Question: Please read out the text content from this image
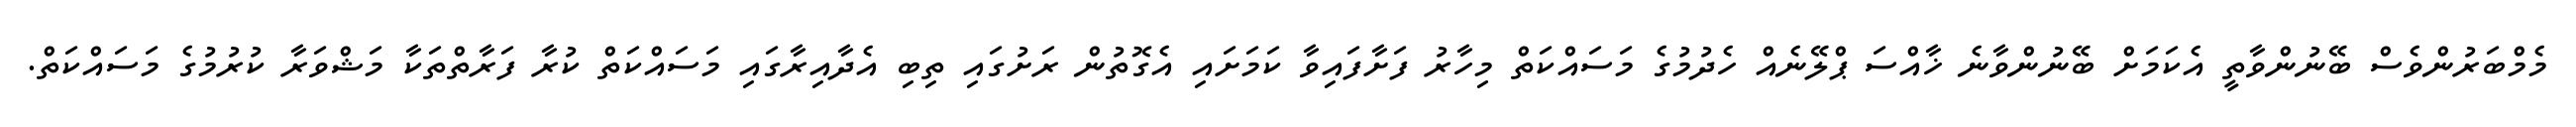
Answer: މެމްބަރުންވެސް ބޭނުންވާތީ އެކަމަށް ބޭނުންވާނެ ޚާއްސަ ޕްލޭނެއް ހެދުމުގެ މަސައްކަތް މިހާރު ފަށާފައިވާ ކަމަށައި އެގޮތުން ރަށުގައި ތިބި އެދާއިރާގައި މަސައްކަތް ކުރާ ފަރާތްތަކާ މަޝްވަރާ ކުރުމުގެ މަސައްކަތް.